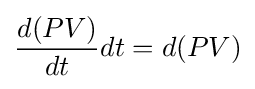
{\frac {d(PV)}{dt}}dt=d(PV)